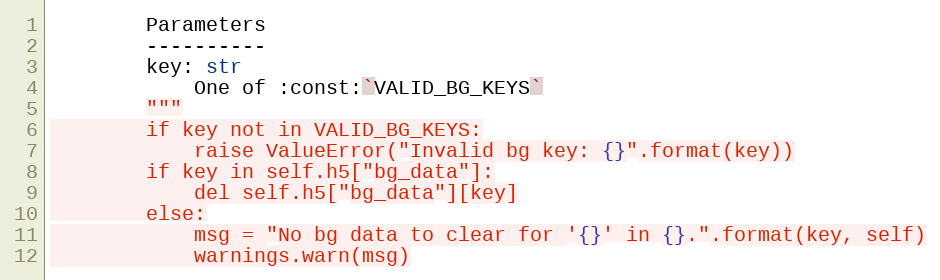
Language: Python
        Parameters
        ----------
        key: str
            One of :const:`VALID_BG_KEYS`
        """
        if key not in VALID_BG_KEYS:
            raise ValueError("Invalid bg key: {}".format(key))
        if key in self.h5["bg_data"]:
            del self.h5["bg_data"][key]
        else:
            msg = "No bg data to clear for '{}' in {}.".format(key, self)
            warnings.warn(msg)